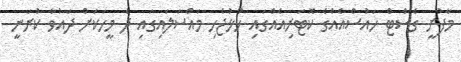
މާފުށީ ގެސްޓް ހައުސްއެއްގެ ކޮޓަރިއެއްގައި ހުޅުޖެހި މައްސަލައިގައި ދެ މީހަކަށް ދައުވާ ކުރަނީ